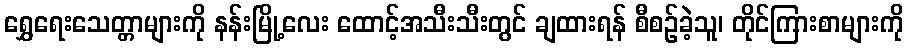
ရွှေရေးသေတ္တာများကို နန်းမြို့လေး ထောင့်အသီးသီးတွင် ချထားရန် စီစဉ်ခဲ့သူ၊ တိုင်ကြားစာများကို